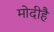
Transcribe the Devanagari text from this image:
मोदीहै